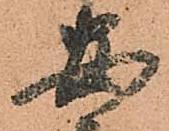
安